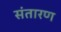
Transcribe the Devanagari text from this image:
संतारण